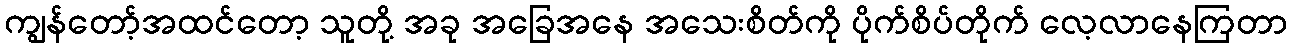
ကျွန်တော့်အထင်တော့ သူတို့ အခု အခြေအနေ အသေးစိတ်ကို ပိုက်စိပ်တိုက် လေ့လာနေကြတာ